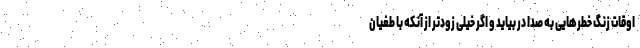
اوقات زنگ خطرهایی به صدا در بیاید و اگر خیلی زودتر از آنکه با طغیان